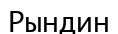
Рындин